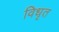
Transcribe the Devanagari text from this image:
विधृत